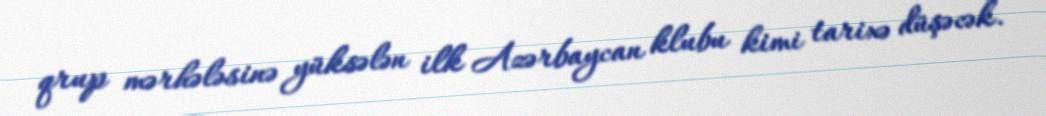
qrup mərhələsinə yüksələn ilk Azərbaycan klubu kimi tarixə düşəcək.